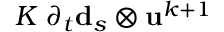
K \; \partial _ { t } \mathbf { d } _ { s } \otimes \mathbf { u } ^ { k + 1 }